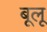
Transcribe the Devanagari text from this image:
बूलू